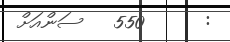
:      550   ސަންއަށް